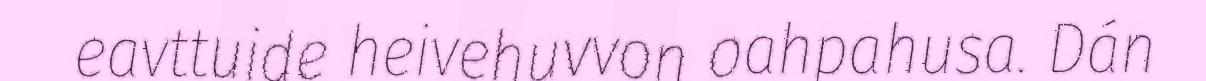
eavttuide heivehuvvon oahpahusa. Dán